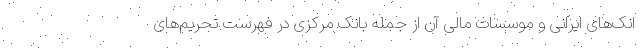
انک‌های ایرانی و موسسات مالی آن از جمله بانک مرکزی در فهرست تحریم‌های